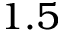
1 . 5